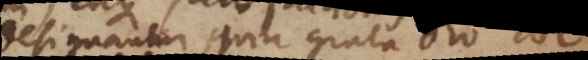
designantur, quia grata Deo haec